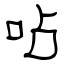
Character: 呫